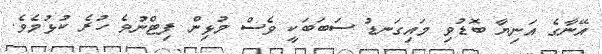
އޭނާގެ އަނިޔާ ބޮޑުވި މައިގަނޑު ސަބަބަކީ ވެސް މުޅިން ފިޓްނުވެ ހުރެ ކުޅުމެވެ.